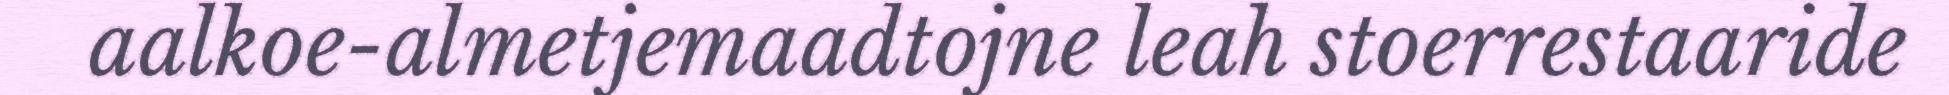
aalkoe-almetjemaadtojne leah stoerrestaaride